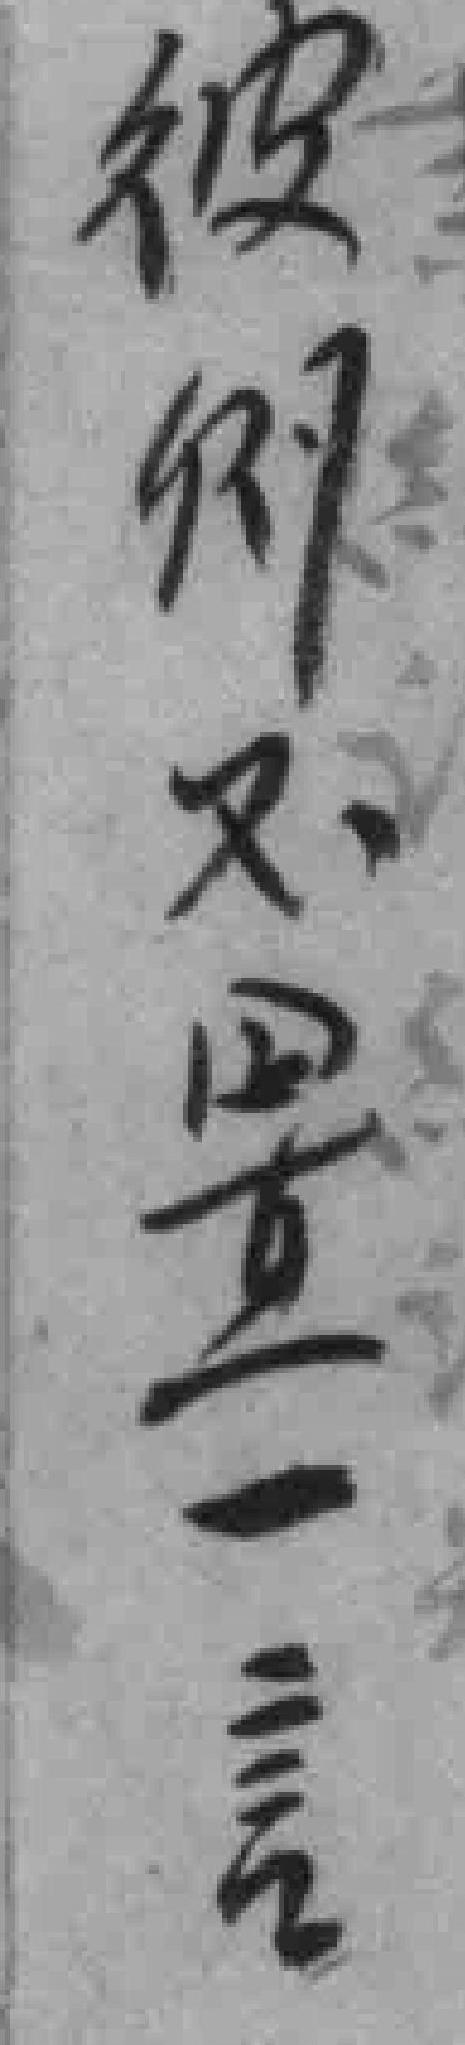
彼則不置一言